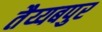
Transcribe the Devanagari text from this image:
तैय्यबपुर